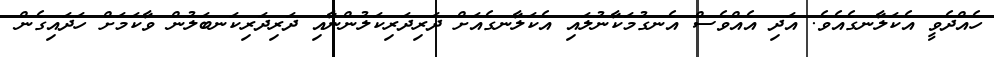
ހެއްދެވީ އެކަލާނގެއެވެ. އަދި އެއްވެސް އެނގުމަކާނުލައި އެކަލާނގެއަށް ދަރިދަރިކަލުންނާއި ދަރިދަރިކަނބަލުން ވާކަމަށް ހަދައިގެން